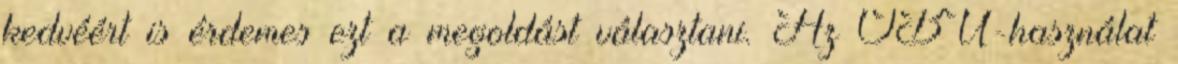
kedvéért is érdemes ezt a megoldást választani. Az OBU-használat